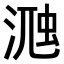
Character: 𣸀